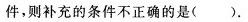
件，则补充的条件不正确的是（）。